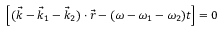
\left[ ( \vec { k } - \vec { k } _ { 1 } - \vec { k } _ { 2 } ) \cdot \vec { r } - ( \omega - \omega _ { 1 } - \omega _ { 2 } ) t \right] = 0